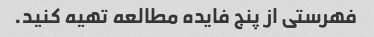
فهرستی از پنج فایده مطالعه تهیه کنید.